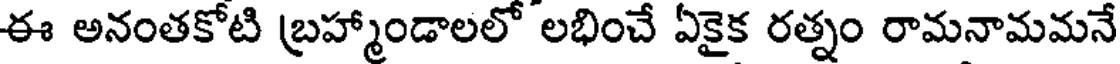
ఈ అనంతకోటి బ్రహ్మాండాలలో లభించే ఏకైక రత్నం రామనామమనే